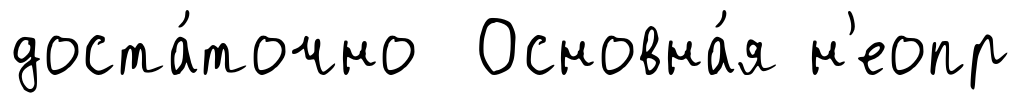
доста́точно Основна́я н'еопр